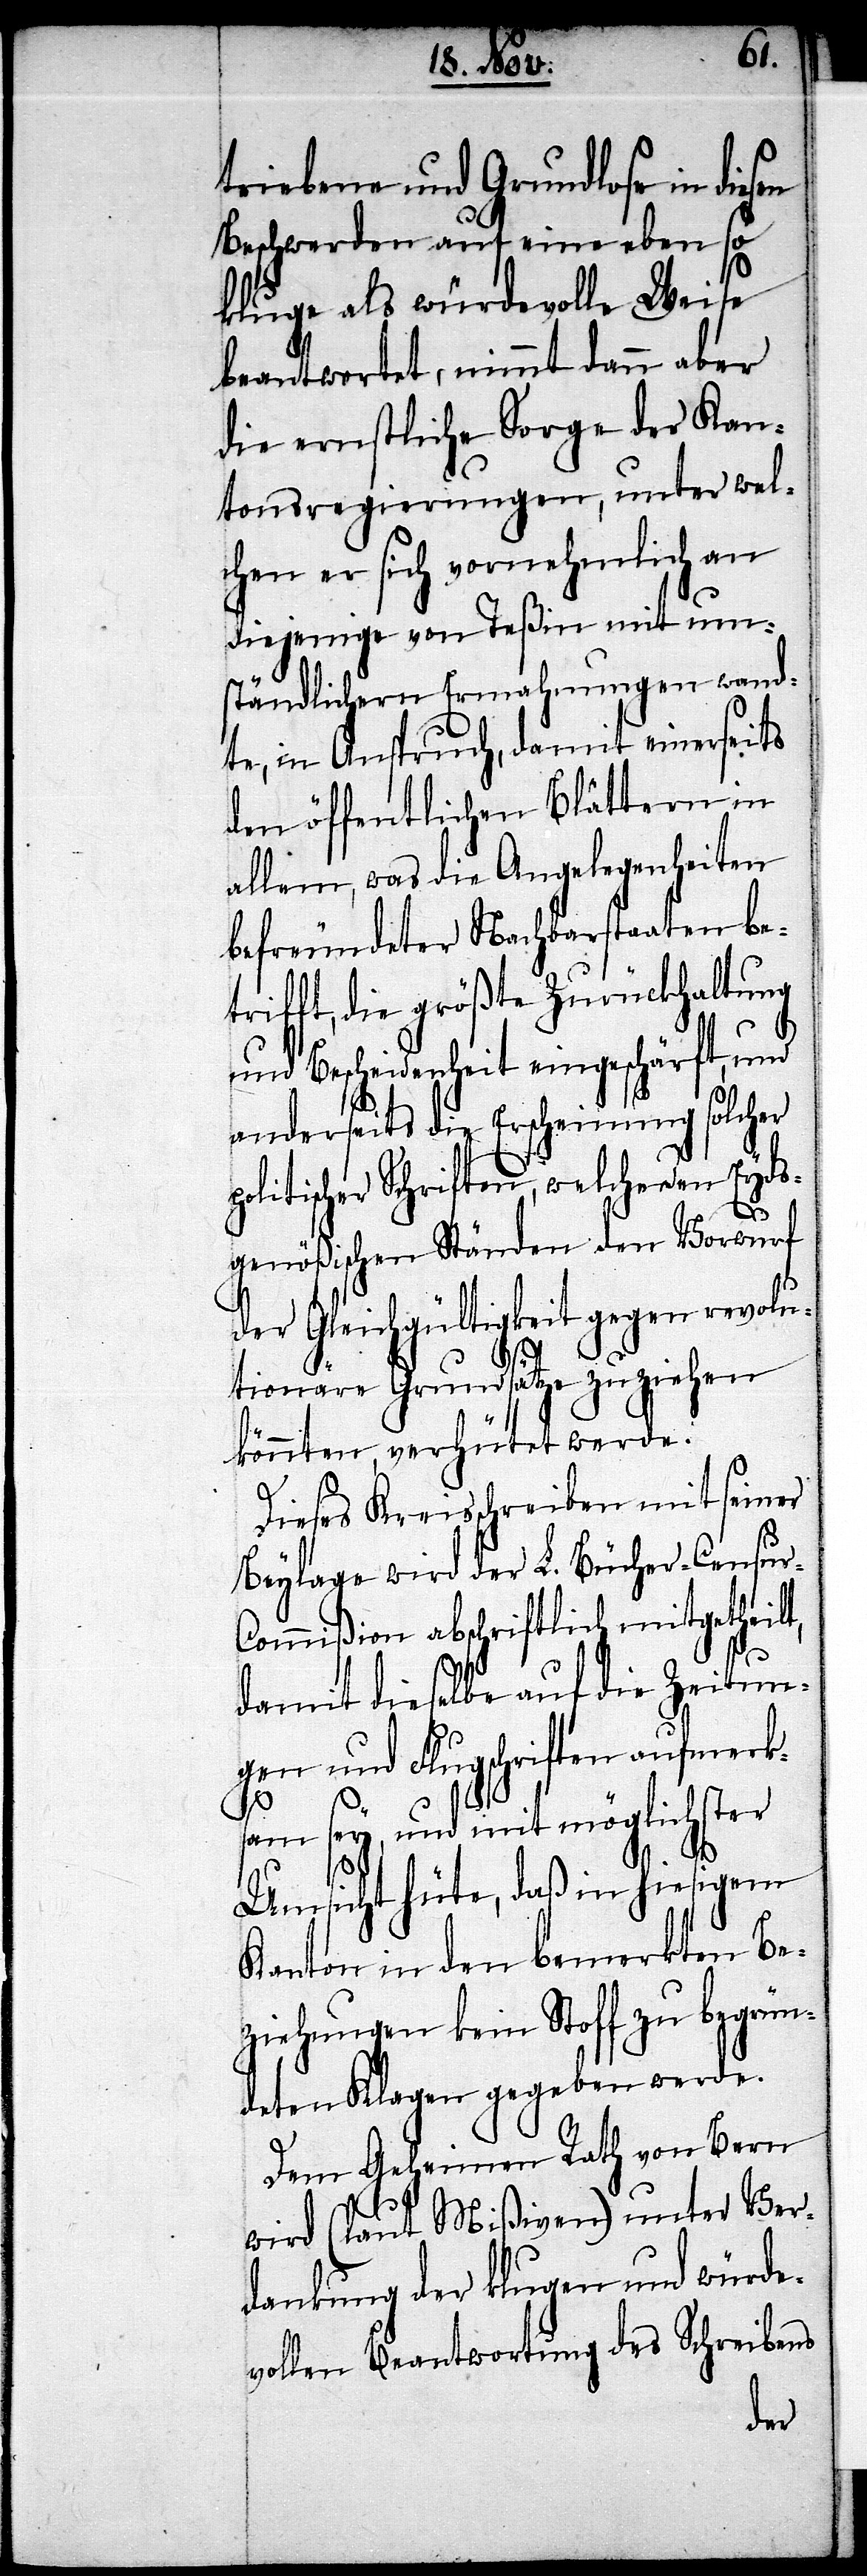
triebene und Grundlose in diesen
Beschwerden auf eine eben so
kluge als würdevolle Weise
beantwortet, nimmt dann aber
die ernstliche Sorge der Kan¬
tonsregierungen, unter wel¬
chen er sich vornehmlich an
diejenige von Teßin mit um¬
ständlichen Ermahnungen wand¬
te, in Anspruch, damit einerseits
den öffentlichen Blättern in
allem, was die Angelegenheiten
befreundeter Nachbarstaaten be¬
trifft, die größte Zurückhaltung
und Bescheidenheit eingeschärft, und
anderseits die Erscheinung solcher
litischer Schriften, welche den Eyds¬
genößischen Ständen den Vorwurf
der Gleichgültigkeit gegen revolu¬
tionäre Grundsätze zuziehen
könnten, verhütet werde.
Dieses Kreisschreiben mit seiner
Beylage wird der L. Bücher-Censu¬
ommißion abschriftlich mitgetheilt,
damit dieselbe auf die Zeitun¬
gen und Flugschriften aufmerks¬
r-C¬
am sey, und mit möglichster
po¬
Umsicht hüte, daß in hiesigem
Kanton in den bemerkten Be¬
ziehungen kein Stoff zu begrün¬
deten Klagen gegeben werde.
Dem Geheimen Rath von Bern
wird (laut Mißiven) unter Ver¬
dankung der klugen und würde¬
vollen Beantwortung des Schreibens